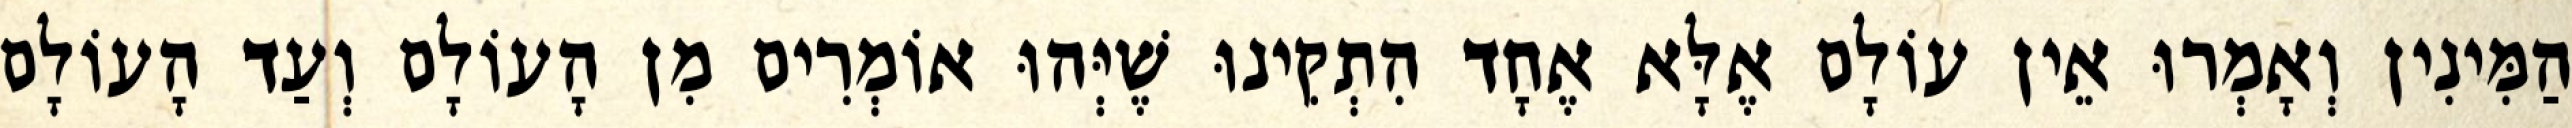
הַמִּינִין וְאָמְרוּ אֵין עוֹלָם אֶלָּא אֶחָד הִתְקִינוּ שֶׁיְּהוּ אוֹמְרִים מִן הָעוֹלָם וְעַד הָעוֹלָם